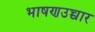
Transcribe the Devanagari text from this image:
भाषणउच्चार